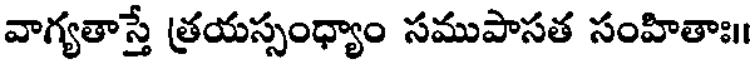
వాగ్యతాస్తే త్రయస్సంధ్యాం సముపాసత సంహితాః।